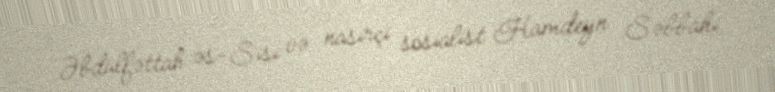
Əbdülfəttah əs-Sisi və nasirçi sosialist Hamdeyn Səbbahi.